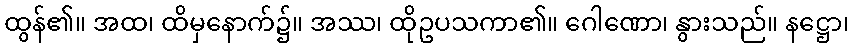
ထွန်၏။ အထ၊ ထိမှနောက်၌။ အဿ၊ ထိုဥပသကာ၏။ ဂေါဏော၊ နွားသည်။ နဋ္ဌော၊